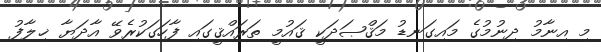
މި އިނާމު ދިނުމުގެ މައިގަނޑު މަޤްޞަދަކީ ޤައުމީ ތަރައްޤީގައި ފާހަގަކުރެވޭ އާދަޔާ ޚިލާފު